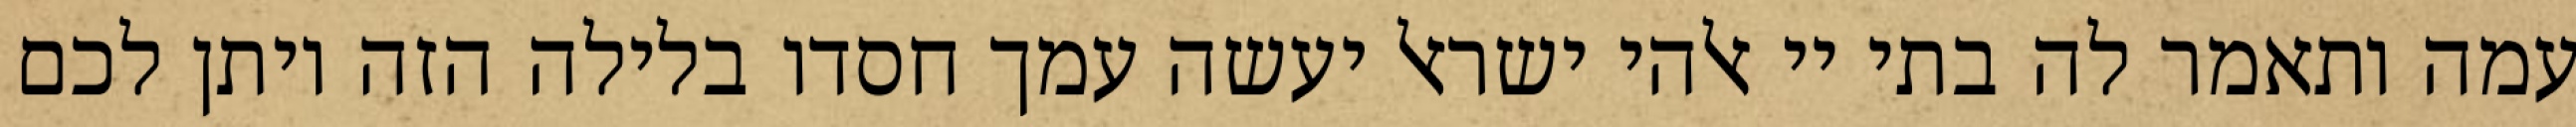
עמה ותאמר לה בתי יי אלהי ישראל יעשה עמך חסדו בלילה הזה ויתן לכם